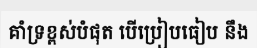
គាំទ្រខ្ពស់បំផុត បើប្រៀបធៀប នឹង